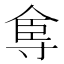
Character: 𡬴